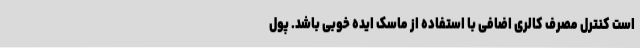
است کنترل مصرف کالری اضافی با استفاده از ماسک ایده خوبی باشد. پول